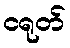
ငရုတ်